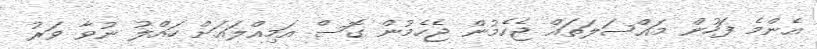
އެންމެ ފަހުން މައްސަލަތައް ޖެހެމުން ޖެހެމުން ގޮސް އަމިއްލައަށް ހައްލު ނުވާ ވަރު